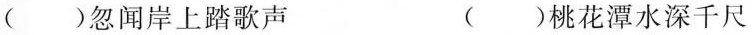
( )忽闻岸上踏歌声 ( )桃花潭水深千尺